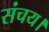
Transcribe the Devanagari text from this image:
संचय।